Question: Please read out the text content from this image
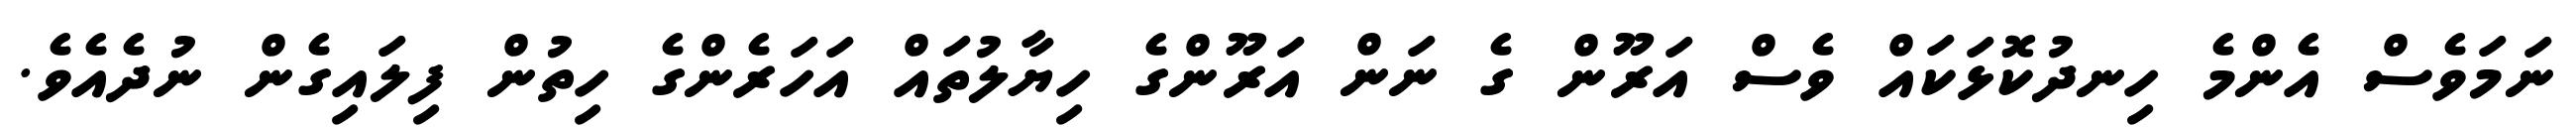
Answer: ނަމަވެސް އެންމެ ހިނދުކޮޅަކައް ވެސް އަރޫން ގެ ނަން އަރޫންގެ ހިޔާލުތައް އަހަރެންގެ ހިތުން ފިލައިގެން ނުދެއެވެ.